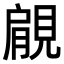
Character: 𧡌